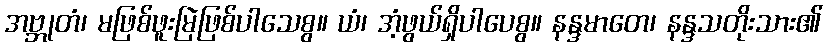
အဗ္ဘုတံ၊ မဖြစ်ဖူးမြဲဖြစ်ပါသေစွ။ ယံ၊ အံ့ဖွယ်ရှိပါပေစွ။ နန္ဒမာတေ၊ နန္ဒသတိုးသား၏